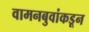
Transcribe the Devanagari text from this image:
वामनबुवांकडून